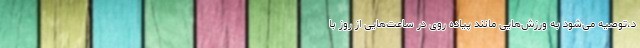
د،توصیه می‌شود به ورزش‌هایی مانند پیاده روی در ساعت‌هایی از روز با